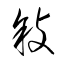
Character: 敍